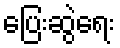
ပြေးဆွဲရေး